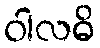
ဝါလဓိ